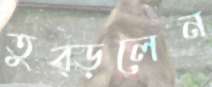
তুব্‌ড়লেন